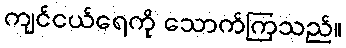
ကျင်ငယ်ရေကို သောက်ကြသည်။